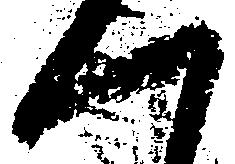
一